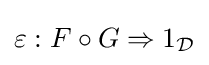
\varepsilon :F\circ G\Rightarrow 1_{\mathcal {D}}